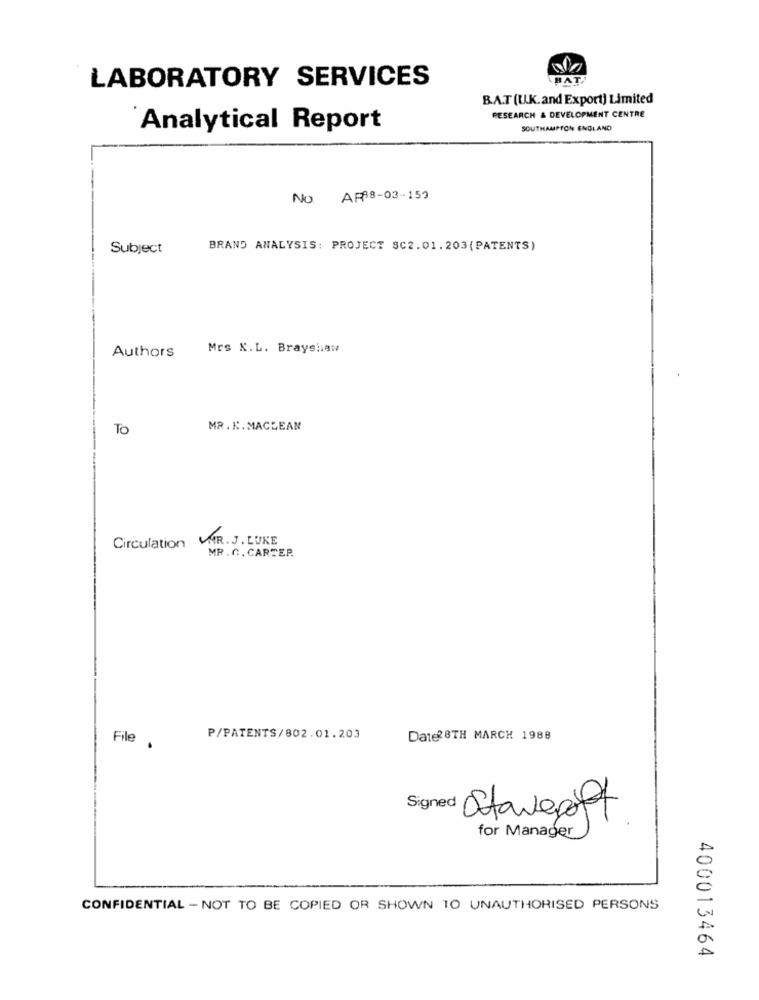
LABORATORY SERVICES
BAT
B.A.T (U.K.and Export) Limited
RESEARCH & DEVELOPMENT CENTRE
Analytical Report
SOUTHAMPTON ENGLAND
No AF88-03-159
Subject
BRAND ANALYSIS: PROJECT SC2.01.203(PATENTS)
Authors
Mrs X.L. Brayshaw
To
MR. K. MACLEAN
Circulation VAR. J. LUKE
MR.C. CARTER.
P/PATENTS/802.01.203
Date28TH MARCH 1988
File .
Signed Stavagodt
for Manager
CONFIDENTIAL - NOT TO BE COPIED OR SHOWN 10 UNAUTHORISED PERSONS
400013464